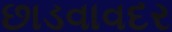
છાડવાવદર